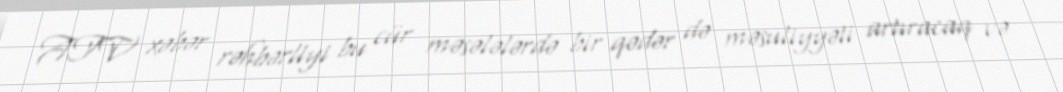
ATV xəbər rəhbərliyi bu cür məsələlərdə bir qədər də məsuliyyəti artıracaq və